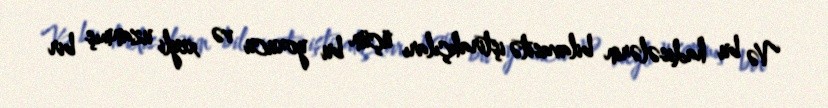
Və bu hadisələrin bilavasitə iştirakçıları üçün bu yorucu və xeyli uzanmış bir